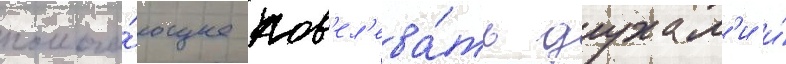
помога́ющее пов'ел'ева́ть духам'и и́